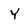
Character: Y